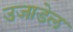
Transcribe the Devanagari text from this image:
उजाडेल